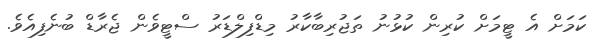
ކަމަށް އެ ޓީމަށް ކުރިން ކުޅުނު ތަޖުރިބާކާރު މިޑްފިލްޑަރު ސްޓީވެން ޖެރާޑް ބުނެފިއެވެ.